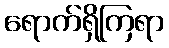
ရောက်ရှိကြရာ